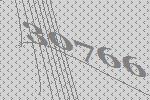
30766